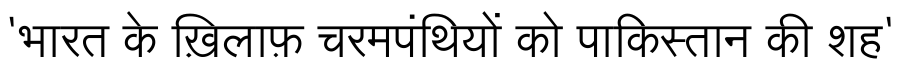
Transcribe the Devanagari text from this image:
'भारत के ख़िलाफ़ चरमपंथियों को पाकिस्तान की शह'